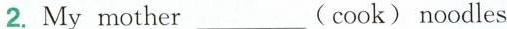
2. My mother___(cook)noodles